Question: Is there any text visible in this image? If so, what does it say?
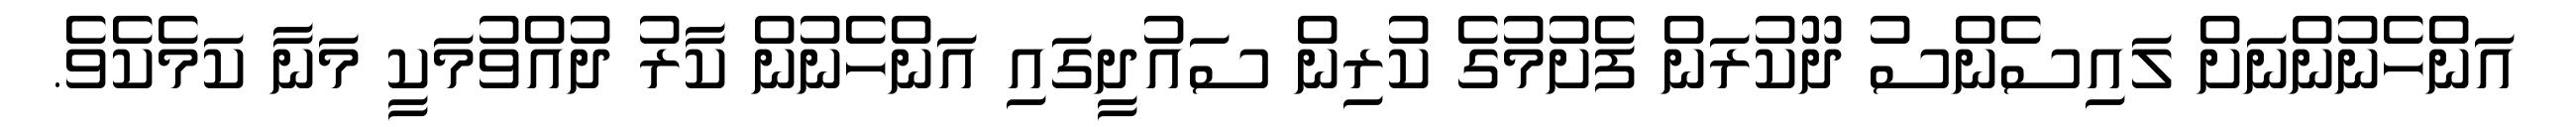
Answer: އަންހެނުންނަށް ލައިސެންސު ދޫކުރަން ފެށުމުގެ ކުރިން ސައުދީގައި އަންހެނުން ކާރު ދުއްވުމަކީ މަނާ ކަމެކެވެ.